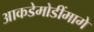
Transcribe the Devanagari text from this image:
आकडेमोडींमागे